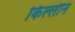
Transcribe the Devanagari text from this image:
किल्लीन